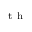
^ \mathrm { ~ t ~ h ~ }